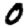
Digit: 0